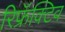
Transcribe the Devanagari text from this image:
रिफ्रॅक्टिव